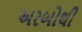
અરબોથી